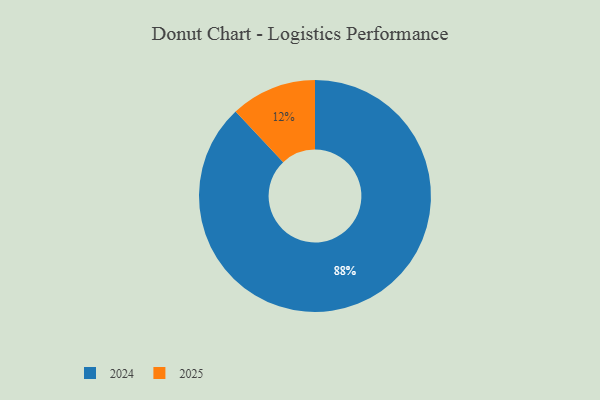
{"axis": {"x": "Category", "y": "Percentage"}, "legend": ["2024", "2025"], "data": [{"x": "2024", "y": 88, "type": "2024"}, {"x": "2025", "y": 12, "type": "2025"}]}